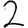
Digit: 2